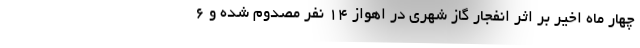
چهار ماه اخیر بر اثر انفجار گاز شهری در اهواز ۱۴ نفر مصدوم شده و ۶